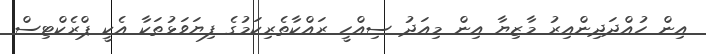
އިން ހުއްދަދިންއިރު މާޒިޔާ އިން މިއަދު ސިއްހީ ރައްކާތެރިކަމުގެ ފިޔަވަޅުތަކާ އެކީ ޕްރެކްޓިސް